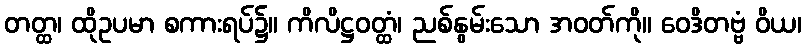
တတ္ထ၊ ထိုဥပမာ စကားရပ်၌။ ကိလိဋ္ဌဝတ္ထံ၊ ညစ်နွမ်းသော အဝတ်ကို။ ဝေဒိတဗ္ဗံ ဝိယ၊